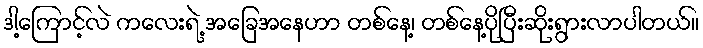
ဒါ့ကြောင့်လဲ ကလေးရဲ့ အခြေအနေဟာ တစ်နေ့၊ တစ်နေ့ပိုပြီးဆိုးရွားလာပါတယ်။